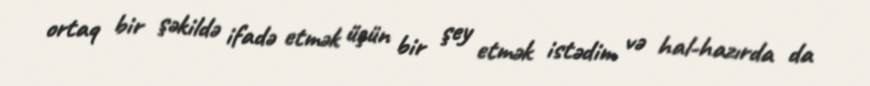
ortaq bir şəkildə ifadə etmək üçün bir şey etmək istədim və hal-hazırda da